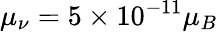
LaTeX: \mu_{\nu}=5\times 10^{-11}\mu_{B}